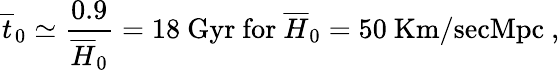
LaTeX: \overline{{{t}}}_{0}\simeq\frac{0.9}{\overline{{{H}}}_{0}}=18~\mathrm{Gyr~for~}\overline{{{H}}}_{0}=50\mathrm{~Km/secMpc}~,